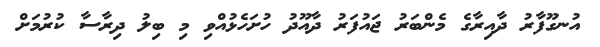
އުނގޫފާރު ދާއިރާގެ މެންބަރު ޖައުފަރު ދާއޫދު ހުށަހެޅުއްވި މި ބިލު ދިރާސާ ކުރުމަށް